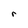
Character: r